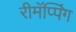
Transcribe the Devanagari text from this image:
रीमॅप्पिंग